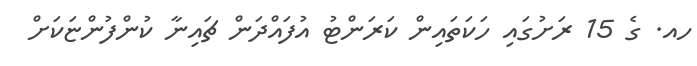
ހއ. ގެ 15 ރަށުގައި ހަކަތައިން ކަރަންޓު އުފައްދަން ޗައިނާ ކުންފުންޏަކަށް